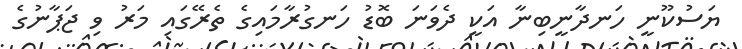
ޔަސުކޫނީ ހަނދާނީބިނާ އަކީ ދެވަނަ ބޮޑު ހަނގުރާމައިގެ ތެރޭގައި މަރު ވި ޖަޕާނުގެ